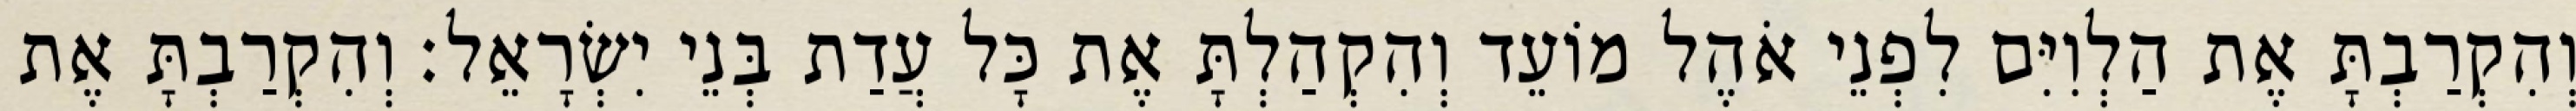
וְהִקְרַבְתָּ אֶת הַלְוִיִּם לִפְנֵי אֹהֶל מוֹעֵד וְהִקְהַלְתָּ אֶת כָּל עֲדַת בְּנֵי יִשְׂרָאֵל׃ וְהִקְרַבְתָּ אֶת